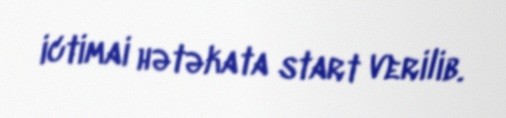
ictimai hətəkata start verilib.